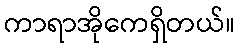
ကာရာအိုကေရှိတယ်။